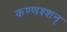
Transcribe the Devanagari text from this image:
कण्णश्शन्